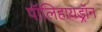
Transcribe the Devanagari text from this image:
पॉलिहायड्रॉन